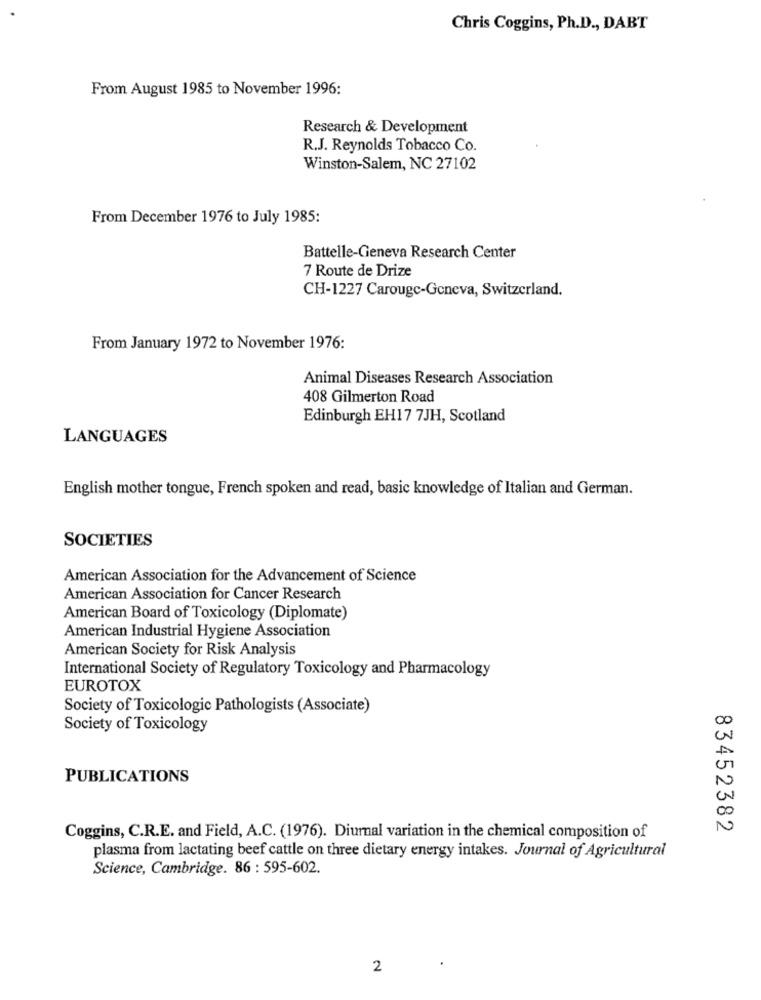
Chris Coggins, Ph.D ., DABT
From August 1985 to November 1996:
Research & Development
R.J. Reynolds Tobacco Co.
Winston-Salem, NC 27102
From December 1976 to July 1985:
Battelle-Geneva Research Center
7 Route de Drize
CH-1227 Carouge-Geneva, Switzerland.
From January 1972 to November 1976:
Animal Diseases Research Association
408 Gilmerton Road
Edinburgh EH17 7JH, Scotland
LANGUAGES
English mother tongue, French spoken and read, basic knowledge of Italian and German.
SOCIETIES
American Association for the Advancement of Science
American Association for Cancer Research
American Board of Toxicology (Diplomate)
American Industrial Hygiene Association
American Society for Risk Analysis
International Society of Regulatory Toxicology and Pharmacology
EUROTOX
Society of Toxicologic Pathologists (Associate)
Society of Toxicology
PUBLICATIONS
N
00
83452382
Coggins, C.R.E. and Field, A.C. (1976). Diurnal variation in the chemical composition of
plasma from lactating beef cattle on three dietary energy intakes. Journal of Agricultural
Science, Cambridge. 86 : 595-602.
2